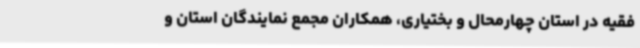
فقیه در استان چهارمحال و بختیاری، همکاران مجمع نمایندگان استان و